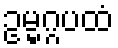
ဥမ္မဂ္ဂပထံ